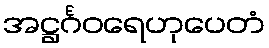
အဋ္ဌင်္ဂဝရေဟုပေတံ